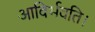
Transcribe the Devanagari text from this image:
आविर्भवति।